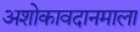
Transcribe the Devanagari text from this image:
अशोकावदानमाला